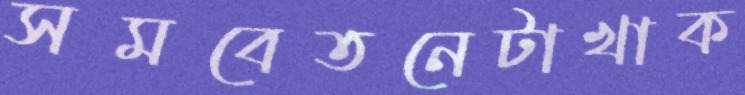
সমবেতনেটাখাক